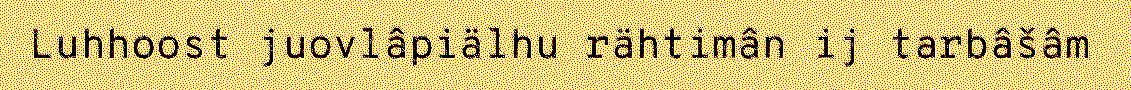
Luhhoost juovlâpiälhu rähtimân ij tarbâšâm